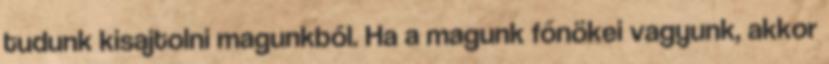
tudunk kisajtolni magunkból. Ha a magunk főnökei vagyunk, akkor